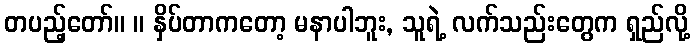
တပည့်တော်။ ။ နှိပ်တာကတော့ မနာပါဘူး, သူရဲ့ လက်သည်းတွေက ရှည်လို့